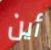
أين